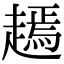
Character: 𧽞